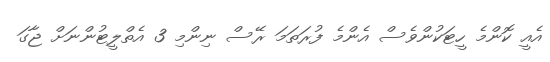
އެއީ ކޮންމެ ހީޓަކުންވެސް އެންމެ ފުރަތަމަ ރޭސް ނިންމި 3 އެތްލީޓުންނަށް ޖާގަ